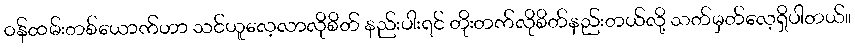
ဝန်ထမ်းတစ်ယောက်ဟာ သင်ယူလေ့လာလိုစိတ် နည်းပါးရင် တိုးတက်လိုစိတ်နည်းတယ်လို့ သတ်မှတ်လေ့ရှိပါတယ်။